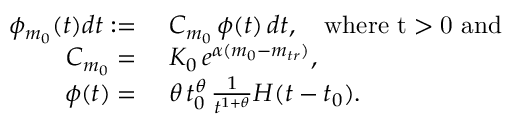
\begin{array} { r l } { \phi _ { m _ { 0 } } ( t ) d t : = } & { \; C _ { m _ { 0 } } \, \phi ( t ) \, d t , \quad \mathrm { w h e r e ~ t > 0 ~ a n d } } \\ { C _ { m _ { 0 } } = } & { \; K _ { 0 } \, e ^ { \alpha ( m _ { 0 } - m _ { t r } ) } , } \\ { \phi ( t ) = } & { \; \theta \, t _ { 0 } ^ { \theta } \, \frac { 1 } { t ^ { 1 + \theta } } H ( t - t _ { 0 } ) . } \end{array}